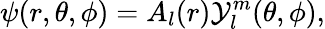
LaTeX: \psi(r,\theta,\phi)=A_{l}(r)\mathcal{Y}_{l}^{m}(\theta,\phi),